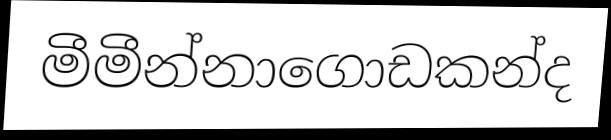
මීමීන්නාගොඩකන්ද